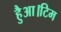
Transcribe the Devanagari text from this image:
हैुआ।टिम